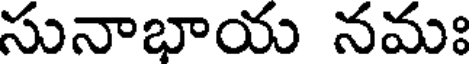
సునాభాయ నమః